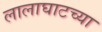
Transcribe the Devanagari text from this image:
लालाघाटच्या